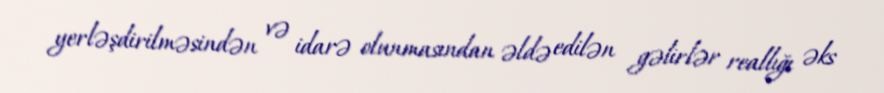
yerləşdirilməsindən və idarə olunmasından əldə edilən gəlirlər reallığı əks